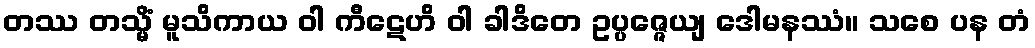
တဿ တသ္မိံ မူသိကာယ ဝါ ကီဋေဟိ ဝါ ခါဒိတေ ဥပ္ပဇ္ဇေယျ ဒေါမနဿံ။ သစေ ပန တံ